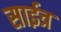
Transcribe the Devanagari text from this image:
साईत्र